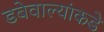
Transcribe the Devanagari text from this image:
डबेवाल्यांकडे